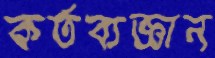
কর্তব্যজ্ঞান